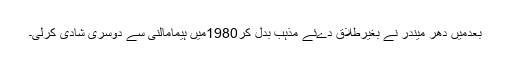
بعدمیں دھر میندر نے بغیرطلاق دےئے مذہب بدل کر1980میں ہیمامالنی سے دوسری شادی کرلی۔